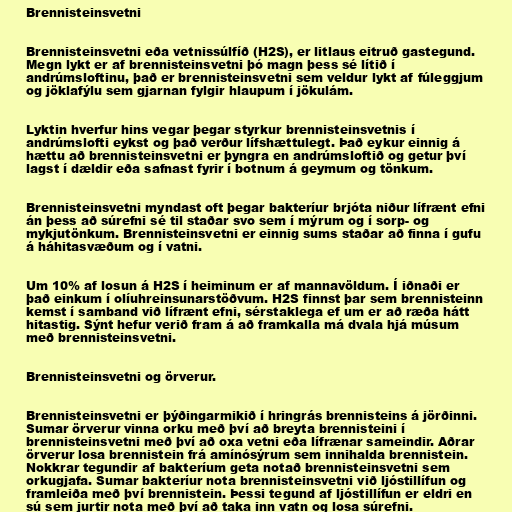
Brennisteinsvetni

Brennisteinsvetni eða vetnissúlfíð (H2S), er litlaus eitruð gastegund.
Megn lykt er af brennisteinsvetni þó magn þess sé lítið í
andrúmsloftinu, það er brennisteinsvetni sem veldur lykt af fúleggjum
og jöklafýlu sem gjarnan fylgir hlaupum í jökulám.

Lyktin hverfur hins vegar þegar styrkur brennisteinsvetnis í
andrúmslofti eykst og það verður lífshættulegt. Það eykur einnig á
hættu að brennisteinsvetni er þyngra en andrúmsloftið og getur því
lagst í dældir eða safnast fyrir í botnum á geymum og tönkum.

Brennisteinsvetni myndast oft þegar bakteríur brjóta niður lífrænt efni
án þess að súrefni sé til staðar svo sem í mýrum og í sorp- og
mykjutönkum. Brennisteinsvetni er einnig sums staðar að finna í gufu
á háhitasvæðum og í vatni.

Um 10% af losun á H2S í heiminum er af mannavöldum. Í iðnaði er
það einkum í olíuhreinsunarstöðvum. H2S finnst þar sem brennisteinn
kemst í samband við lífrænt efni, sérstaklega ef um er að ræða hátt
hitastig. Sýnt hefur verið fram á að framkalla má dvala hjá músum
með brennisteinsvetni.

Brennisteinsvetni og örverur.

Brennisteinsvetni er þýðingarmikið í hringrás brennisteins á jörðinni.
Sumar örverur vinna orku með því að breyta brennisteini í
brennisteinsvetni með því að oxa vetni eða lífrænar sameindir. Aðrar
örverur losa brennistein frá amínósýrum sem innihalda brennistein.
Nokkrar tegundir af bakteríum geta notað brennisteinsvetni sem
orkugjafa. Sumar bakteríur nota brennisteinsvetni við ljóstillífun og
framleiða með því brennistein. Þessi tegund af ljóstillífun er eldri en
sú sem jurtir nota með því að taka inn vatn og losa súrefni.